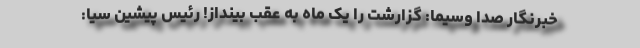
خبرنگار صدا وسیما: گزارشت را یک ماه به عقب بینداز! رئیس پیشین سیا: